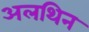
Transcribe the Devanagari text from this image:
अलथिन